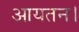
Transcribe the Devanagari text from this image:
आयतन।